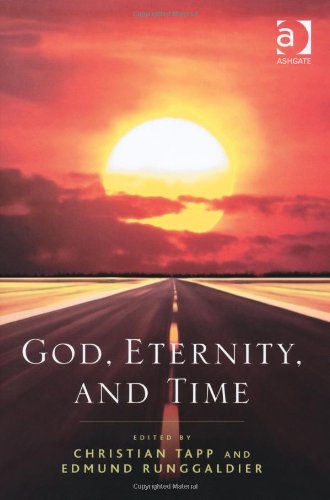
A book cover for God, Eternity, and Time; Christian Tapp; Religion & Spirituality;